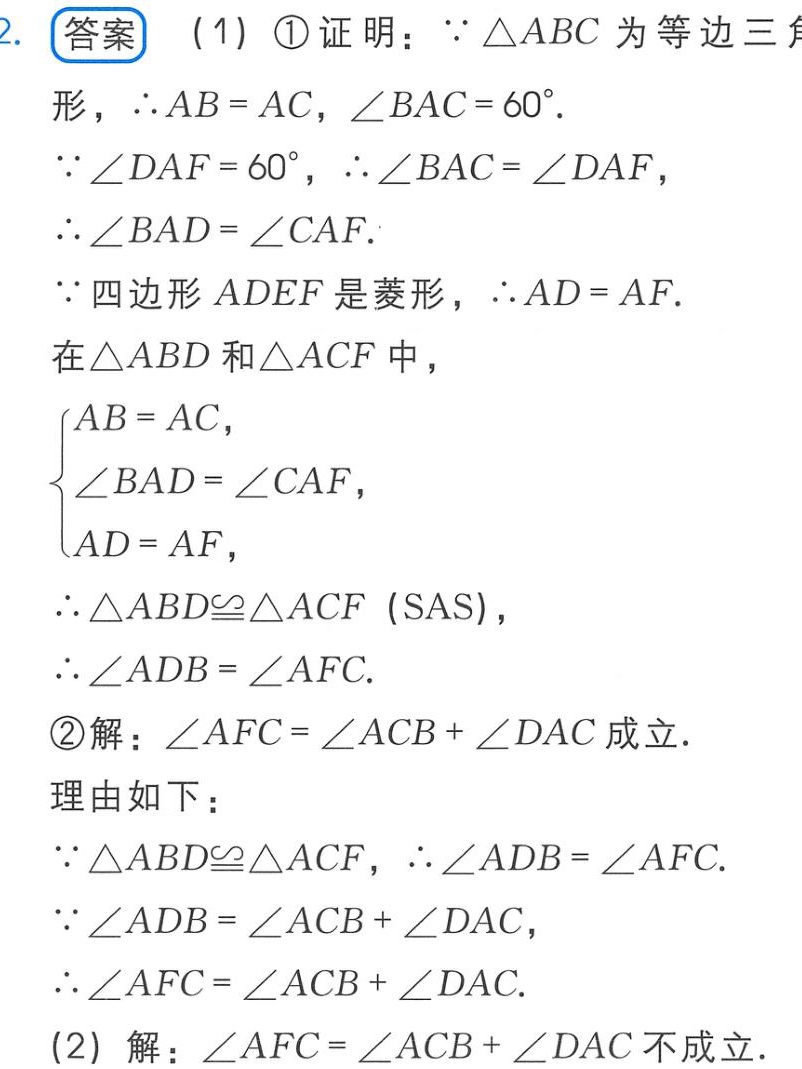
2. 答案
(1) \textcircled{1} 证明：\(\because \triangle ABC\) 为等边三角形，\(\therefore AB = AC\)，\(\angle BAC = 60^{\circ}\)。
\(\because \angle DAF = 60^{\circ}\)，\(\therefore \angle BAC = \angle DAF\)，
\(\therefore \angle BAD = \angle CAF\)。
\(\because\) 四边形 \(ADEF\) 是菱形，\(\therefore AD = AF\)。
在\(\triangle ABD\) 和\(\triangle ACF\) 中，
\(\begin{cases}
AB = AC,\\
\angle BAD = \angle CAF,\\
AD = AF,
\end{cases}\)
\(\therefore \triangle ABD\cong\triangle ACF\) (SAS)，
\(\therefore \angle ADB = \angle AFC\)。
\textcircled{2} 解：\(\angle AFC = \angle ACB + \angle DAC\) 成立。
理由如下：
\(\because \triangle ABD\cong\triangle ACF\)，\(\therefore \angle ADB = \angle AFC\)。
\(\because \angle ADB = \angle ACB + \angle DAC\)，
\(\therefore \angle AFC = \angle ACB + \angle DAC\)。
(2) 解：\(\angle AFC = \angle ACB + \angle DAC\) 不成立。